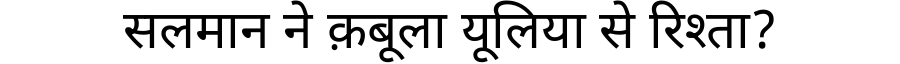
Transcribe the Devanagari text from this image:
सलमान ने क़बूला यूलिया से रिश्ता?